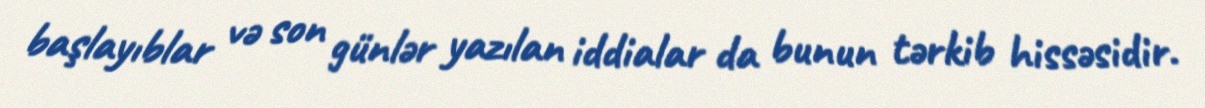
başlayıblar və son günlər yazılan iddialar da bunun tərkib hissəsidir.